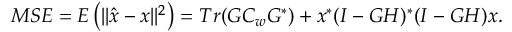
M S E = E \left( | | { \hat { x } } - x | | ^ { 2 } \right) = T r ( G C _ { w } G ^ { * } ) + x ^ { * } ( I - G H ) ^ { * } ( I - G H ) x .